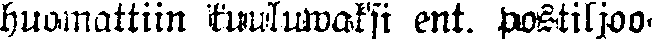
huomattiin kuuluwaksi ent. postiljoo-